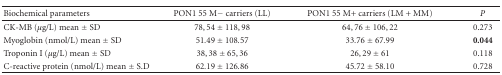
<table><thead><tr><td><b>Biochemical parameters</b></td><td><b> PON1 55 M− carriers (LL)</b></td><td><b>PON1 55 M+ carriers (LM + MM)</b></td><td><b><i>P</i></b></td></tr></thead><tbody><tr><td>CK-MB (<i>μ</i>g/L) mean ± SD</td><td>78, 54 ± 118, 98</td><td>64, 76 ± 106, 22</td><td>0.273</td></tr><tr><td>Myoglobin (nmol/L) mean ± SD</td><td>51.49 ± 108.57</td><td>33.76 ± 67.99</td><td><b>0.044</b></td></tr><tr><td>Troponin I (<i>μ</i>g/L) mean ± SD</td><td>38, 38 ± 65, 36</td><td>26, 29 ± 61</td><td>0.118</td></tr><tr><td>C-reactive protein (nmol/L) mean ± S.D</td><td>62.19 ± 126.86</td><td>45.72 ± 58.10</td><td>0.728</td></tr></tbody></table>